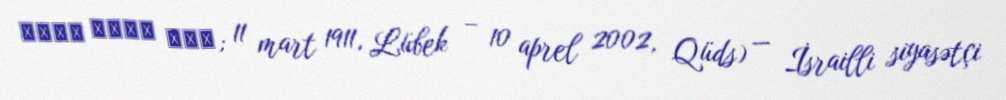
חיים הרמן כהן; 11 mart 1911, Lübek – 10 aprel 2002, Qüds) — İsrailli siyasətçi